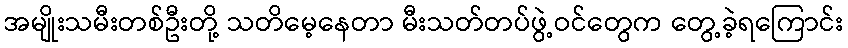
အမျိုးသမီးတစ်ဦးတို့ သတိမေ့နေတာ မီးသတ်တပ်ဖွဲ့ဝင်တွေက တွေ့ခဲ့ရကြောင်း